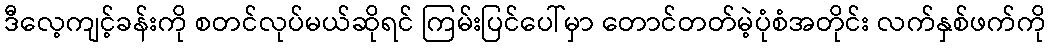
ဒီလေ့ကျင့်ခန်းကို စတင်လုပ်မယ်ဆိုရင် ကြမ်းပြင်ပေါ်မှာ တောင်တတ်မဲ့ပုံစံအတိုင်း လက်နှစ်ဖက်ကို